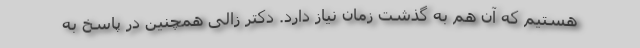
هستیم که آن هم به گذشت زمان نیاز دارد. دکتر زالی همچنین در پاسخ به